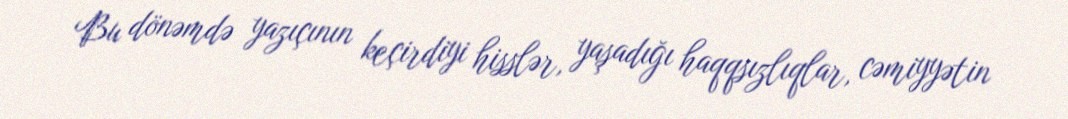
Bu dönəmdə yazıçının keçirdiyi hisslər, yaşadığı haqqsızlıqlar, cəmiyyətin